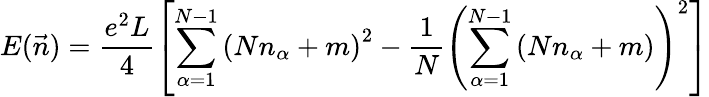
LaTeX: E(\vec{n})=\frac{e^{2}L}{4}\left[\sum_{\alpha=1}^{N-1}\left(Nn_{\alpha}+m\right)^{2}-\frac{1}{N}\left(\sum_{\alpha=1}^{N-1}\left(Nn_{\alpha}+m\right)\right)^{2}\right]